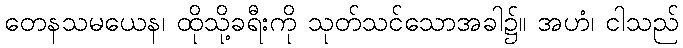
တေနသမယေန၊ ထိုသို့ခရီးကို သုတ်သင်သောအခါ၌။ အဟံ၊ ငါသည်